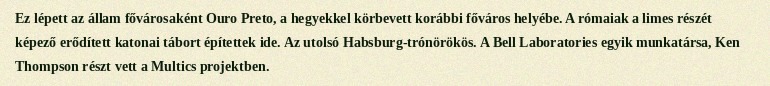
Ez lépett az állam fővárosaként Ouro Preto, a hegyekkel körbevett korábbi főváros helyébe. A rómaiak a limes részét képező erődített katonai tábort építettek ide. Az utolsó Habsburg-trónörökös. A Bell Laboratories egyik munkatársa, Ken Thompson részt vett a Multics projektben.